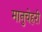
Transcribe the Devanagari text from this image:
मानुचेहरी